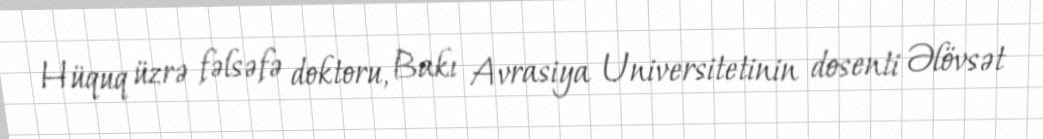
Hüquq üzrə fəlsəfə doktoru, Bakı Avrasiya Universitetinin dosenti Əlövsət